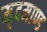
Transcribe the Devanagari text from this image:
मृदमाण्ड